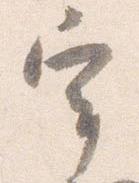
宰